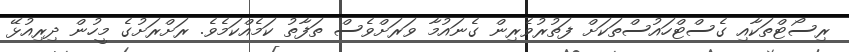
ރިސޯޓްތަކާއި ގެސްޓްހައުސްތަކަށް ފަތުރުވެރިން ގެނައުމާ ވަރަށްވެސް ތަފާތު ކަމެއްކަމެވެ. ރަށްރަށުގެ މީހުން ދިރިއުޅޭ